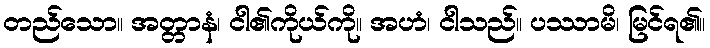
တည်သော။ အတ္တာနံ၊ ငါ၏ကိုယ်ကို။ အဟံ၊ ငါသည်။ ပဿာမိ၊ မြင်ရ၏။